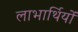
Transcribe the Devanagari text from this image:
लाभार्थियों